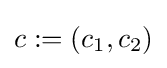
c:=(c_{1},c_{2})